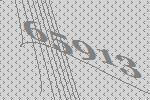
65913